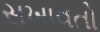
સખાવતો